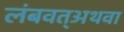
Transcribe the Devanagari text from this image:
लंबवत्अथवा